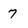
Character: 7